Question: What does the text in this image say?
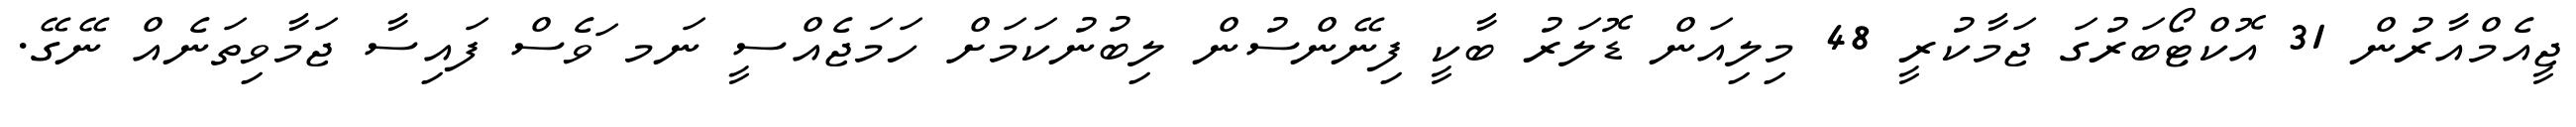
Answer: ޖީއެމްއާރުން 31 އޮކްޓޯބަރުގަ ޖަމާކުރީ 48 މިލިއަން ޑޮލަރު ބާކީ ފިނޭންސުން ލިބުނުކަމަށް ހަމަޖެއްސީ ނަމ ަވެސް ފައިސާ ޖަމާވިތަނެއް ނޭގޭ.